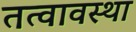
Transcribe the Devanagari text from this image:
तत्वावस्था